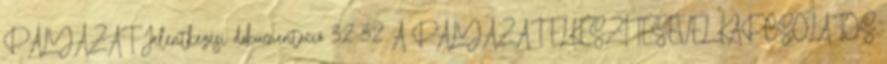
PÁLYÁZAT Jelentkezési dokumentáció 32 32 A PÁLYÁZAT ELKÉSZÍTÉSÉVEL KAPCSOLATOS